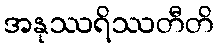
အနုဿရိဿတီတိ